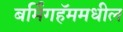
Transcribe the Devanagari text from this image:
बर्मिंगहॅममधील